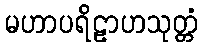
မဟာပရိဠာဟသုတ္တံ